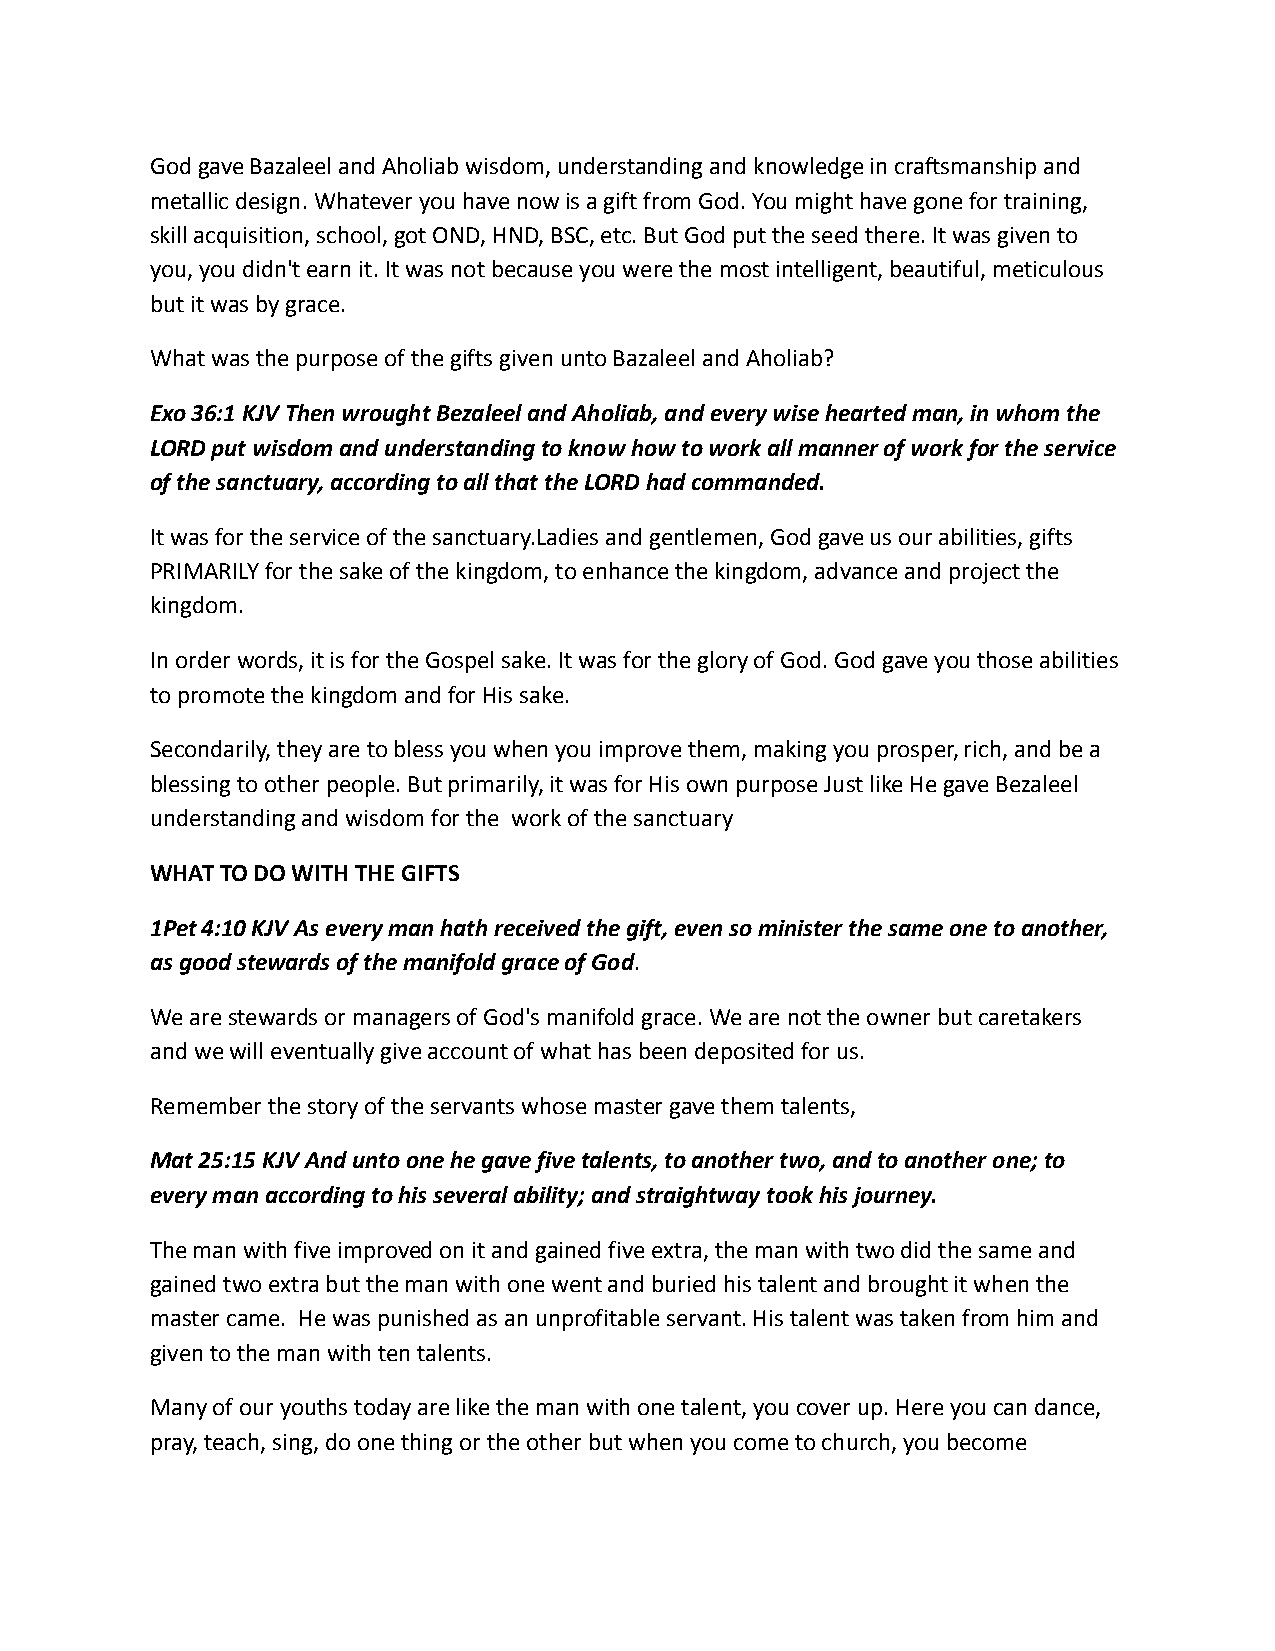
God gave Bazaleel and Aholiab wisdom, understanding and knowledge in craftsmanship and
 metallic design. Whatever you have now is a gift from God. You might have gone for training,
 skill acquisition, school, got OND, HND, BSC, etc. But God put the seed there. It was given to
 you, you didn't earn it. It was not because you were the most intelligent, beautiful, meticulous
 but it was by grace.
 What was the purpose of the gifts given unto Bazaleel and Aholiab?
 Exo 36:1 KJV Then wrought Bezaleel and Aholiab, and every wise hearted man, in whom the
 LORD put wisdom and understanding to know how to work all manner of work for the service
 of the sanctuary, according to all that the LORD had commanded.
 It was for the service of the sanctuary.Ladies and gentlemen, God gave us our abilities, gifts
 PRIMARILY for the sake of the kingdom, to enhance the kingdom, advance and project the
 kingdom.
 In order words, it is for the Gospel sake. It was for the glory of God. God gave you those abilities
 to promote the kingdom and for His sake.
 Secondarily, they are to bless you when you improve them, making you prosper, rich, and be a
 blessing to other people. But primarily, it was for His own purpose Just like He gave Bezaleel
 understanding and wisdom for the work of the sanctuary
 WHAT TO DO WITH THE GIFTS
 1Pet 4:10 KJV As every man hath received the gift, even so minister the same one to another,
 as good stewards of the manifold grace of God.
 We are stewards or managers of God's manifold grace. We are not the owner but caretakers
 and we will eventually give account of what has been deposited for us.
 Remember the story of the servants whose master gave them talents,
 Mat 25:15 KJV And unto one he gave five talents, to another two, and to another one; to
 every man according to his several ability; and straightway took his journey.
 The man with five improved on it and gained five extra, the man with two did the same and
 gained two extra but the man with one went and buried his talent and brought it when the
 master came. He was punished as an unprofitable servant. His talent was taken from him and
 given to the man with ten talents.
 Many of our youths today are like the man with one talent, you cover up. Here you can dance,
 pray, teach, sing, do one thing or the other but when you come to church, you become